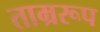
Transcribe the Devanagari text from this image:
ताम्ररूप